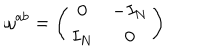
\omega ^ { a b } = \left( \begin{array} { c c } { { 0 } } & { { - I _ { N } } } \\ { { I _ { N } } } & { { 0 } } \\ \end{array} \right)